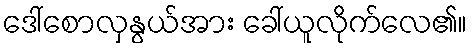
ဒေါ်စောလှနွယ်အား ခေါ်ယူလိုက်လေ၏။